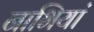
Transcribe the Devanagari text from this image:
नाभियां